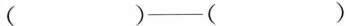
( )——( )